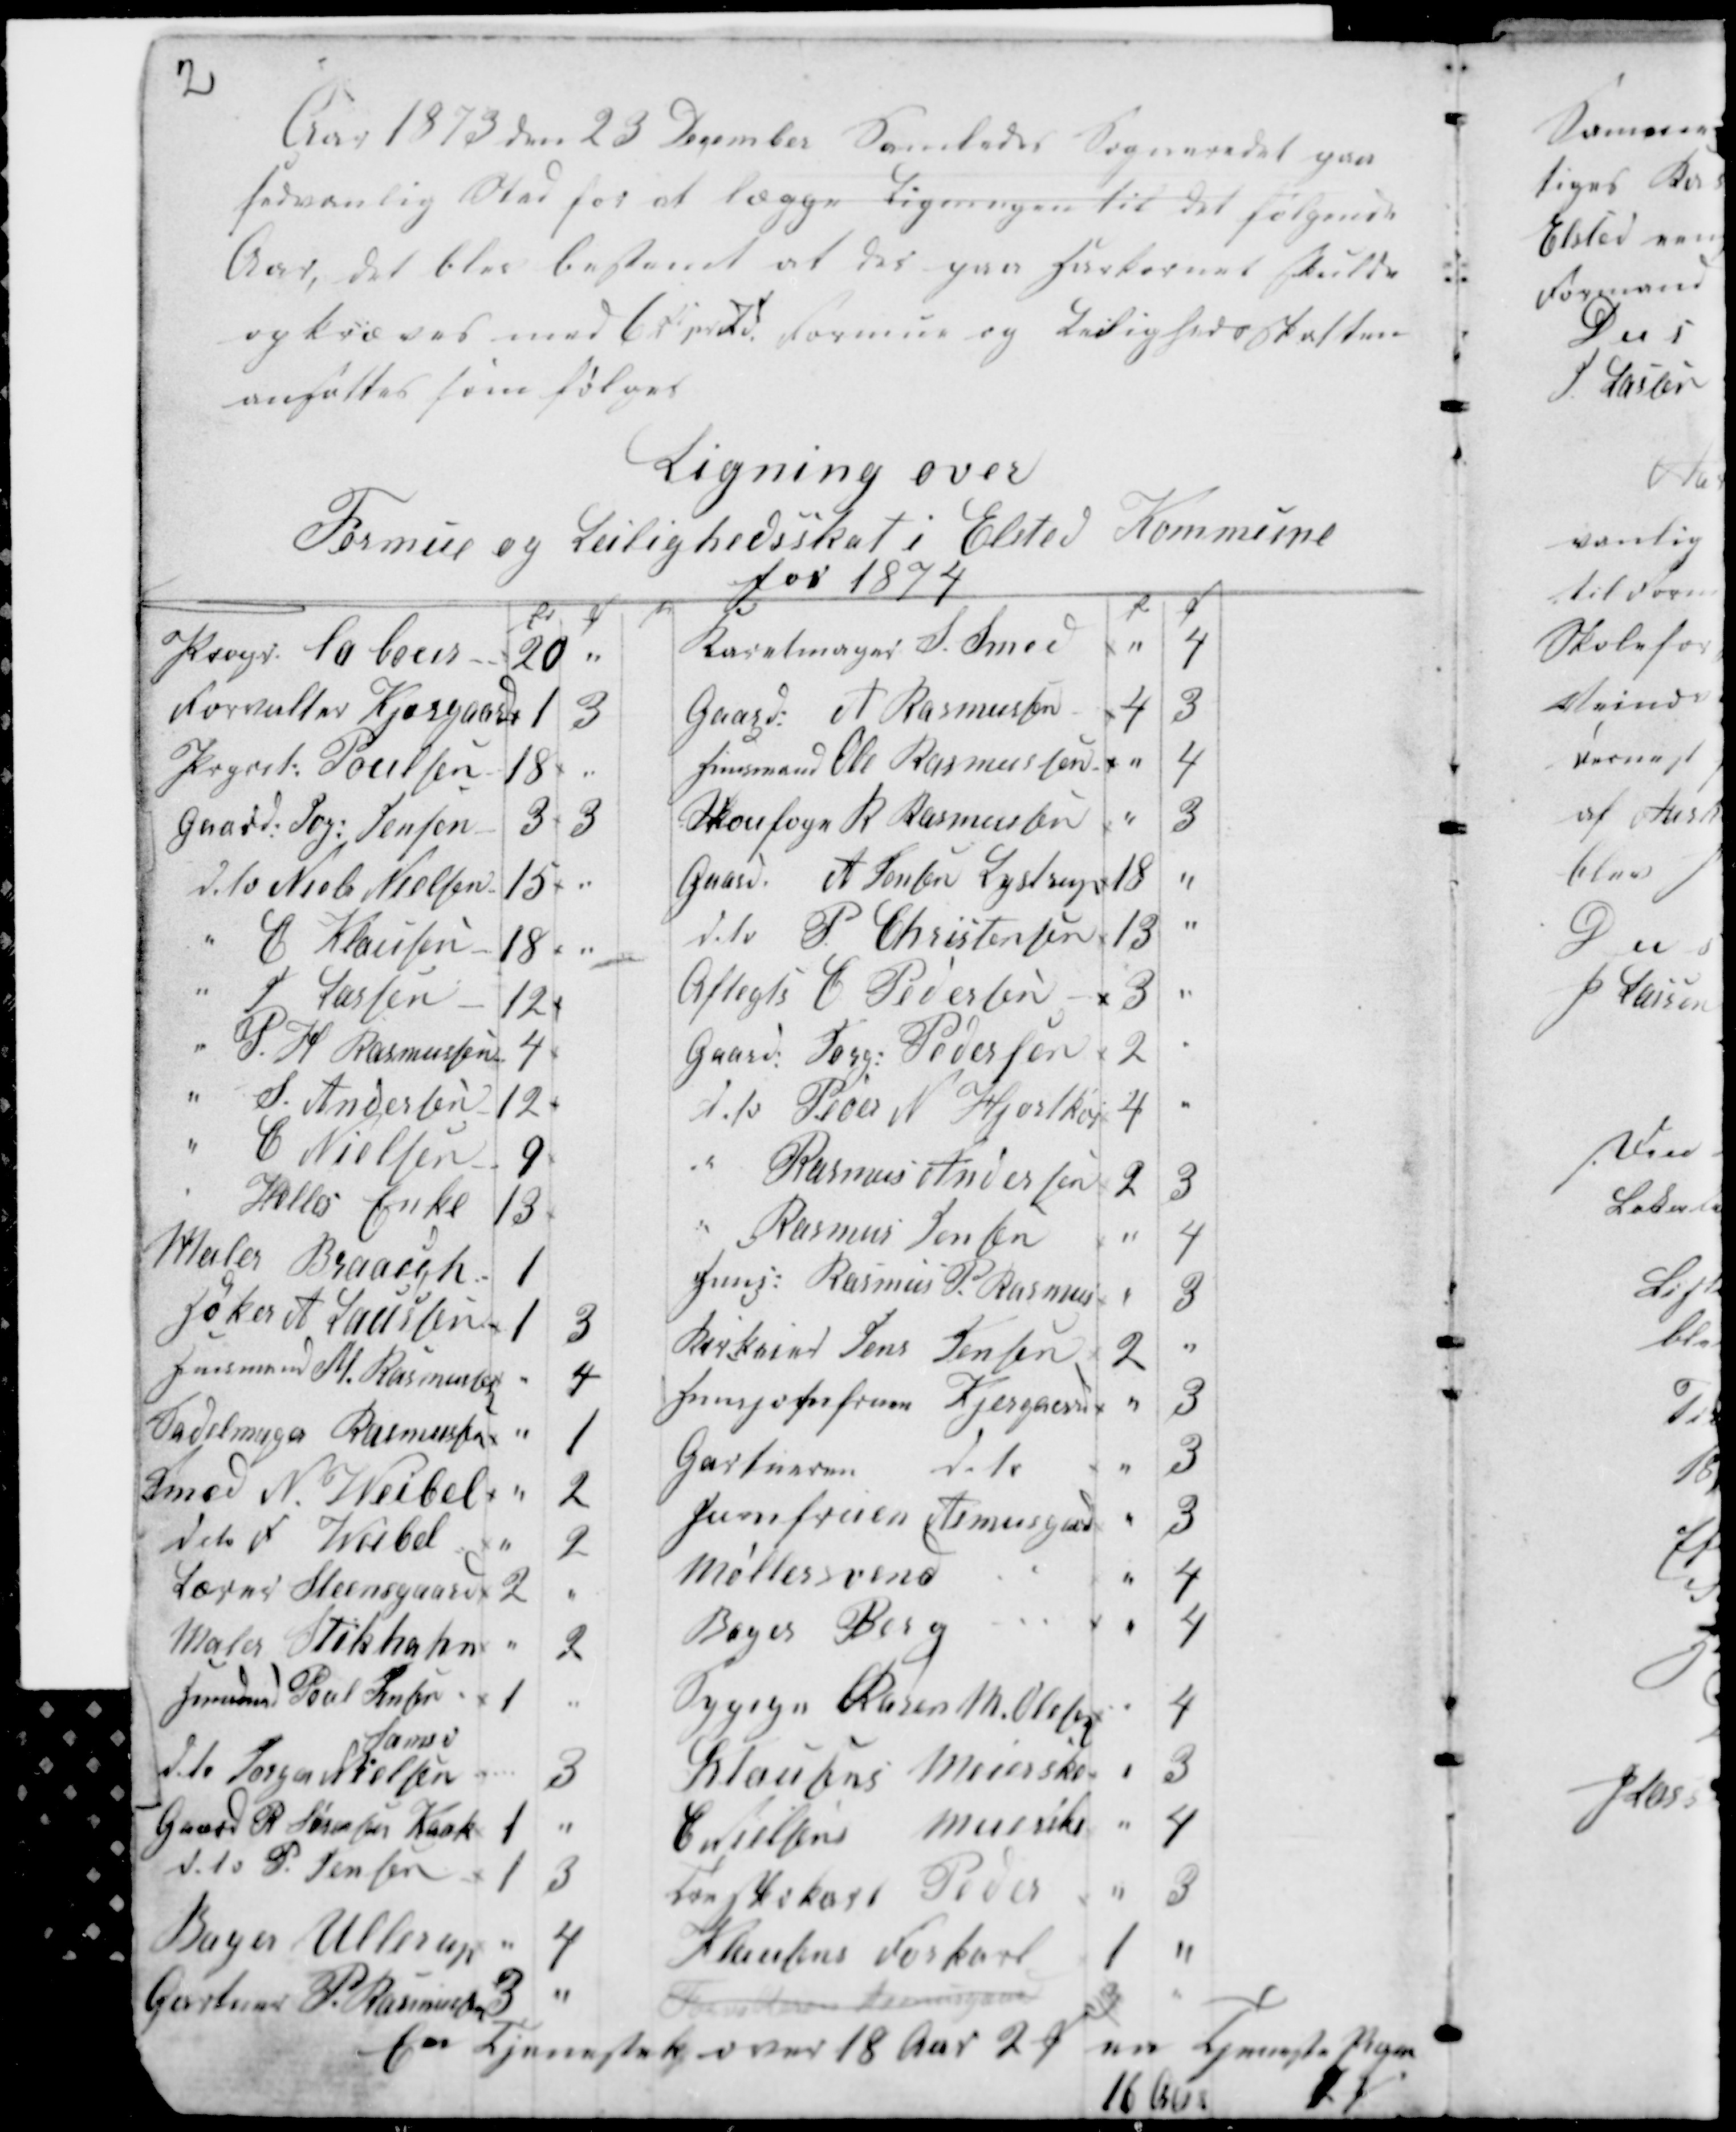
Transskription:
2

Aar 1873 den 23 December samledes Sogneraadet paa
sædvanlig Sted for at lægge Ligningen til Det følgende
Aar, det blev bestemt at der paa Harkornet skulde
opkræves med 6 Kr pr Td. Formue og Leilighedsskatten
ansattes som følger

Ligning over
Formue og Leilighedsskat i Elsted Kommune
for 1874

For Tjenestek over 18 Aar 2 Ø ... Tjeneste Piger
16 Aar
...